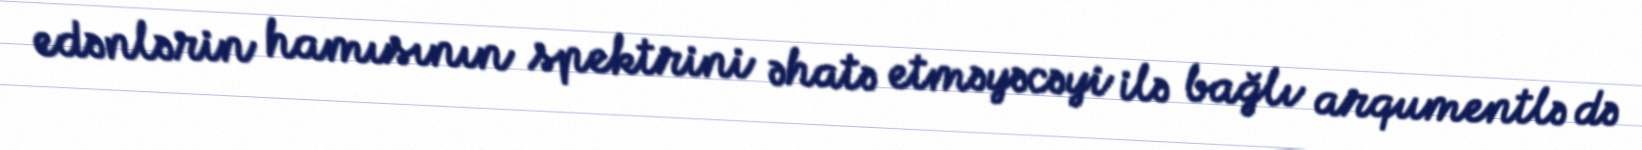
edənlərin hamısının spektrini əhatə etməyəcəyi ilə bağlı arqumentlə də